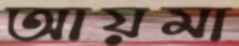
আয়মা